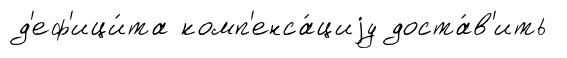
д'еф'ици́та комп'енса́циjу доста́в'ить